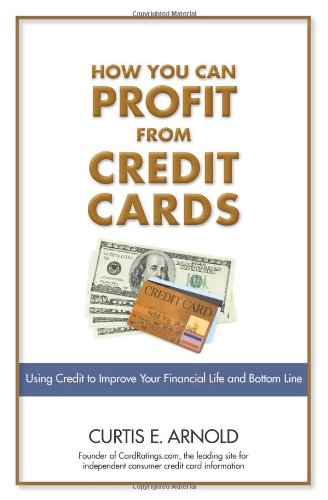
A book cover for How You Can Profit from Credit Cards: Using Credit to Improve Your Financial Life and Bottom Line; Curtis E. Arnold; Business & Money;